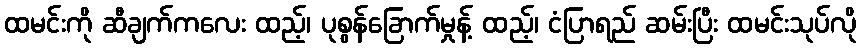
ထမင်းကို ဆီချက်ကလေး ထည့်၊ ပုစွန်ခြောက်မှုန့် ထည့်၊ ငံပြာရည် ဆမ်းပြီး ထမင်းသုပ်လို